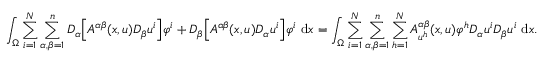
\int _ { \Omega } \sum _ { i = 1 } ^ { N } \sum _ { \alpha , \beta = 1 } ^ { n } D _ { \alpha } \Big [ A ^ { \alpha \beta } ( x , u ) D _ { \beta } u ^ { i } \Big ] \varphi ^ { i } + D _ { \beta } \Big [ A ^ { \alpha \beta } ( x , u ) D _ { \alpha } u ^ { i } \Big ] \varphi ^ { i } \ \mathrm { d } x = \int _ { \Omega } \sum _ { i = 1 } ^ { N } \sum _ { \alpha , \beta = 1 } ^ { n } \sum _ { h = 1 } ^ { N } A _ { u ^ { h } } ^ { \alpha \beta } ( x , u ) \varphi ^ { h } D _ { \alpha } u ^ { i } D _ { \beta } u ^ { i } \ \mathrm { d } x .